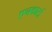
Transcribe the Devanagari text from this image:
एनकार्टा